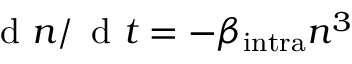
\mathrm { ~ d ~ } n / \, \mathrm { ~ d ~ } t = - \beta _ { \mathrm { { i n t r a } } } n ^ { 3 }